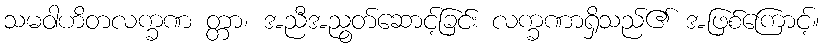
သမဝါဟိတလက္ခဏ တ္တာ၊ အညီအညွတ်ဆောင့်ခြင်း လက္ခဏာရှိသည်၏ အဖြစ်ကြောင့်။